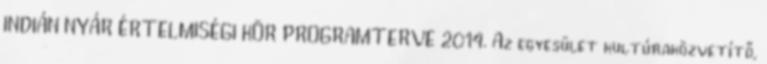
INDIÁN NYÁR ÉRTELMISÉGI KÖR PROGRAMTERVE 2014. Az egyesület kultúraközvetítő,